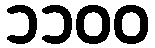
၁၁၀၀